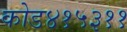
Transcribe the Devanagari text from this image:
कोड४१५३११